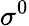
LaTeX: \sigma^{0}